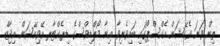
ތިން ވަނަ ވެކޭޝަން އެކްސްޕޯގައި ބައިވެރިވާ އިނާ މޯލްޑިވްސްގެ ޑިރެކްޓާރ އޭވިއޭޝަން އިޖާޒް